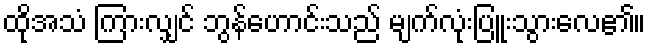
ထိုအသံ ကြားလျှင် ဘွန်ဟောင်းသည် မျက်လုံးပြူးသွားလေ၏။